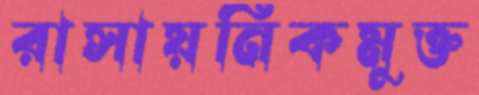
রাসায়নিকমুক্ত